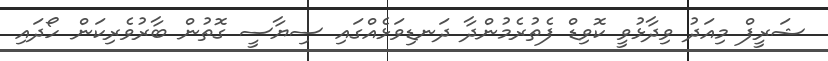
ޝަރީފް މިއަދު ވިދާޅުވީ ކޮވިޑް ފެތުރެމުންދާ ދަނޑިވަޅެއްގައި ސިޔާސީ ގޮތުން ބާރުވެރިކަން ހޯދައި